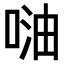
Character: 𠶢